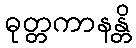
ဓုတ္တကာနန္တိ